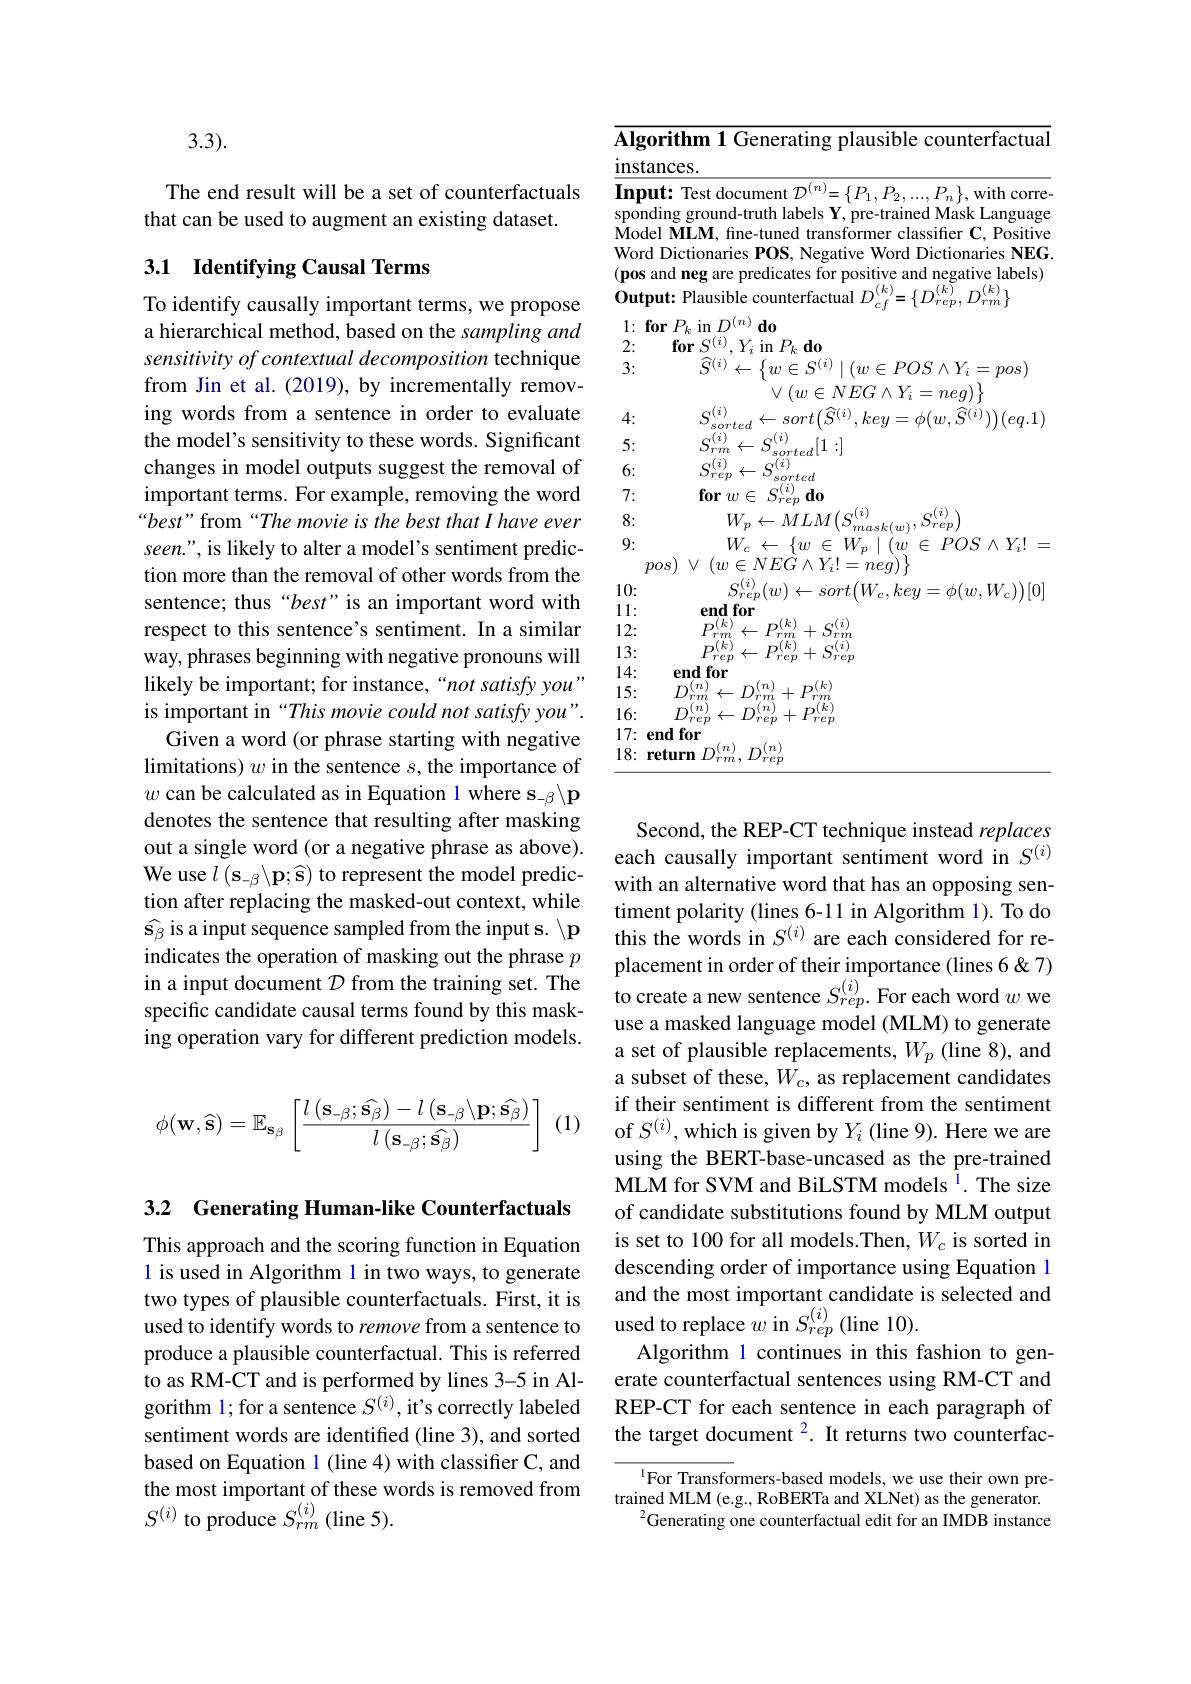
3.3).

The end result will be a set of counterfactuals
that can be used to augment an existing dataset.

## 3.1 Identifying Causal Terms

To identify causally important terms, we propose a hierarchical method, based on the sampling and sensitivity of contextual decomposition technique from Jin et al.(2019), by incrementally removing words from a sentence in order to evaluate the model's sensitivity to these words. Significant changes in model outputs suggest the removal of important terms. For example, removing the word “best" from“The movie is the best that I have ever seen.", is likely to alter a model's sentiment prediction more than the removal of other words from the sentence; thus“best”is an important word with respect to this sentence's sentiment. In a similar way, phrases beginning with negative pronouns will likely be important; for instance,“not satisfy you” is important in “This movie could not satisfy you".
Given a word (or phrase starting with negative limitations) $w$ in the sentence $s$, the importance of $w$ can be calculated as in Equation 1 where s$_-\beta\backslash\mathbf{p}$ denotes the sentence that resulting after masking out a single word (or a negative phrase as above). each causally important sentiment word in $S^{(i)}$
We use $l\left(\mathbf{s}_{-\beta}\backslash\mathbf{p};\widehat{\mathbf{s}}\right)$ to represent the model prediction after replacing the masked-out context, while $\widehat{\mathbf{s}}_{\beta}$ is a input sequence sampled from the input s. $\backslash\mathbf{p}$ indicates the operation of masking out the phrase $p$ in a input document $\mathcal{D}$ from the training set. The specific candidate causal terms found by this masking operation vary for different prediction models.

(1)
$$\phi(\mathbf{w},\widehat{\mathbf{s}})=\mathbb{E}_{\mathbf{s}_\beta}\left[\frac{l\left(\mathbf{s}_{-\beta};\widehat{\mathbf{s}_\beta}\right)-l\left(\mathbf{s}_{-\beta}\backslash\mathbf{p};\widehat{\mathbf{s}_\beta}\right)}{l\left(\mathbf{s}_{-\beta};\widehat{\mathbf{s}_\beta}\right)}\right]$$
3.2 Generating Human-like Counterfactuals

This approach and the scoring function in Equation l is used in Algorithm 1 in two ways, to generate produce a plausible counterfactual. This is referred to as RM-CT and is performed by lines 3-5 in Algorithm l; for a sentence $S^{(i)}$, it's correctly labeled sentiment words are identified (line 3), and sorted based on Equation l (line 4) with classifier C, and the most important of these words is removed from $S^{(i)}$ to produce $S_rm^{(i)}$ (line 5).

<table>
	<tbody>
		<tr>
			<td>$\overline{\mathbf{Algorit}}$ instance</td>
			<td>rithm 1 Generating plausible counterfactua $1ces.$</td>
		</tr>
		<tr>
			<td>$Input:$ sponding</td>
			<td>t: Test document $\mathcal{D}^{(n)}=\{P_{1},P_{2},...,P_{n}\}$, with corre ng ground-truth labels $s\mathbf{Y}.$ pre-trained Mask Languag</td>
		</tr>
		<tr>
			<td>Model $\mathbf{M}$ </td>
			<td>$\mathbf{W}|.\mathbf{M}$ $\lim_{t\to\infty}\frac{1}{t^{2}}$ POSI</td>
		</tr>
		<tr>
			<td>$Word.$ Dic $(\mathbf{pos}$ and</td>
			<td>Dictionaries POS, Negative Word Dictionaries NEG nd neg are predicates for positive and negative labels)</td>
		</tr>
		<tr>
			<td>$0utput:$</td>
			<td>t: Plausible counterfactual $D_{cf}^{(k)}$ $=\{D_{i}$ $,D_{rm}^{(\kappa)}\}$ rep </td>
		</tr>
		<tr>
			<td>1: for $F$ $fc$ 2:</td>
			<td>r$P_{k}$ in$D^{( n) }\textbf{do}$ $\textbf{for}S^{( i) }, Y_{i}$in$P_{k}\textbf{do}$</td>
		</tr>
		<tr>
			<td>2: $fc$ 3:</td>
			<td>$\textbf{for}S^{( i) }, Y_{i}$ in $P_k\textbf{do}$ $\widehat{S}^{(i)}\leftarrow\left\{w\in S^{(i)}\mid(w\in POS\wedge Y_{i}=pos)\right.$</td>
		</tr>
		<tr>
			<td>4:</td>
			<td>$\lor\left(w\in NEG\land Y_{i}=neg\right)\}$ $ort( \widehat{S} ^{( i) }$ $keu=$ $\phi ( w$, $\widehat{S} ^{( i) }) ) ( e$</td>
		</tr>
		<tr>
			<td>4. 5</td>
			<td>1//1</td>
		</tr>
		<tr>
			<td>$\mathcal{D}:$</td>
			<td>sorted</td>
		</tr>
		<tr>
			<td>6:</td>
			<td>sorted</td>
		</tr>
		<tr>
			<td> </td>
			<td>= ${\mathcal{D} }_{rep}$ ${\mathbf{u} }_{0}$ $_{M/\boldsymbol{C}}(i)$ $\alpha(i)$</td>
		</tr>
		<tr>
			<td>$U.$</td>
			<td>$^{\prime}mask(w),\nu rep$, $2/1\zeta$</td>
		</tr>
		<tr>
			<td>pos</td>
			<td>$\lor$ $( w\in NEG\land Y_{i}! = neg)$</td>
		</tr>
		<tr>
			<td> </td>
			<td> </td>
		</tr>
		<tr>
			<td> </td>
			<td> </td>
		</tr>
		<tr>
			<td>12:</td>
			<td>$D^{(k)}$ $D^{(k)}$ $\varsigma^{(i)}$</td>
		</tr>
		<tr>
			<td>3</td>
			<td>$2(k)$ $.(k)$ $\gamma(i)$</td>
		</tr>
		<tr>
			<td>14: $e$</td>
			<td>for end</td>
		</tr>
		<tr>
			<td>15: $I$</td>
			<td>72 $,(k$,</td>
		</tr>
		<tr>
			<td>16: $I$</td>
			<td>$\because k$ $T^{\prime}e\boldsymbol{v}$</td>
		</tr>
		<tr>
			<td>17: end</td>
			<td>for</td>
		</tr>
		<tr>
			<td>18: retur</td>
			<td>$(n$ $\boldsymbol{T}\boldsymbol{t}$ $m$ $\boldsymbol{D}$</td>
		</tr>
	</tbody>
</table>

Second, the REP-CT technique instead replaces with an alternative word that has an opposing sentiment polarity (lines 6-11 in Algorithm 1). To do this the words in $S^{(i)}$ are each considered for replacement in order of their importance (lines 6 &7) to create a new sentence $S_{rep.}^{(i)}$ For each word $w$ we use a masked language model (MLM) to generate a set of plausible replacements, $W_p$ (line 8), and a subset of these, $W_c$, as replacement candidates if their sentiment is different from the sentiment of $S^{(i)}$,which is given by $Y_i$ (line 9). Here we are using the BERT-base-uncased as the pre-trained MLM for SVM and BiLSTM models $^{1}.$ The size of candidate substitutions found by MLM output is set to 100 for all models.Then, $W_c$ is sorted in descending order of importance using Equation 1
two types of plausible counterfactuals. First, it is and the most important candidate is selected and used to identify words to remove from a sentence to used to replace $w$ in $S_{rep}^{(i)}$ (line 10).
Algorithm 1 continues in this fashion to generate counterfactual sentences using RM-CT and REP-CT for each sentence in each paragraph of the target document $^{\color{red}2}.$ It returns two counterfac-

$^{1}$For Transformers-based models, we use their own pretrained MLM (e.g., RoBERTa and XLNet) as the generator.
$^{2}$Generating one counterfactual edit for an IMDB instance